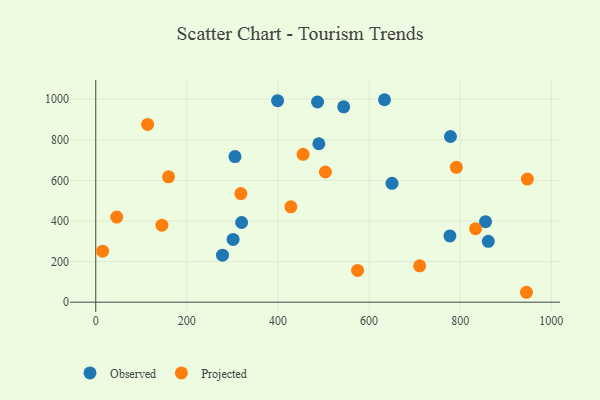
{"axis": {"x": "Experience", "y": "Demand"}, "legend": ["Observed", "Projected"], "data": [{"x": "633.8", "y": 997.4, "type": "Observed"}, {"x": "489.7", "y": 780.4, "type": "Observed"}, {"x": "544.2", "y": 962.5, "type": "Observed"}, {"x": "399.1", "y": 992.7, "type": "Observed"}, {"x": "301.5", "y": 309.3, "type": "Observed"}, {"x": "305.6", "y": 717.5, "type": "Observed"}, {"x": "855.5", "y": 396.4, "type": "Observed"}, {"x": "278.2", "y": 231.6, "type": "Observed"}, {"x": "650.3", "y": 585.7, "type": "Observed"}, {"x": "777.4", "y": 326.2, "type": "Observed"}, {"x": "861.6", "y": 299.6, "type": "Observed"}, {"x": "778.6", "y": 816.3, "type": "Observed"}, {"x": "320.2", "y": 392.6, "type": "Observed"}, {"x": "486.9", "y": 986.1, "type": "Observed"}, {"x": "428.3", "y": 469.6, "type": "Projected"}, {"x": "455.1", "y": 728.6, "type": "Projected"}, {"x": "145.2", "y": 379.3, "type": "Projected"}, {"x": "945.4", "y": 48.8, "type": "Projected"}, {"x": "711.0", "y": 179.2, "type": "Projected"}, {"x": "833.6", "y": 361.8, "type": "Projected"}, {"x": "791.5", "y": 664.3, "type": "Projected"}, {"x": "46.1", "y": 419.5, "type": "Projected"}, {"x": "574.7", "y": 156.3, "type": "Projected"}, {"x": "947.4", "y": 606.7, "type": "Projected"}, {"x": "318.5", "y": 534.9, "type": "Projected"}, {"x": "15.1", "y": 251.2, "type": "Projected"}, {"x": "113.9", "y": 875.7, "type": "Projected"}, {"x": "504.0", "y": 641.4, "type": "Projected"}, {"x": "159.8", "y": 617.4, "type": "Projected"}]}